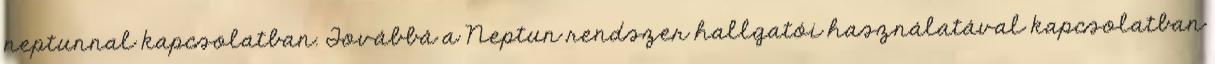
neptunnal kapcsolatban. Továbbá a Neptun rendszer hallgatói használatával kapcsolatban